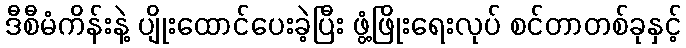
ဒီစီမံကိန်းနဲ့ ပျိုးထောင်ပေးခဲ့ပြီး ဖွံ့ဖြိုးရေးလုပ် စင်တာတစ်ခုနှင့်